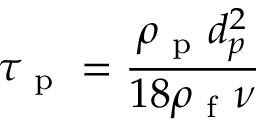
\tau _ { \mathrm { ~ p ~ } } = \frac { \rho _ { \mathrm { ~ p ~ } } d _ { p } ^ { 2 } } { 1 8 \rho _ { \mathrm { ~ f ~ } } \nu }